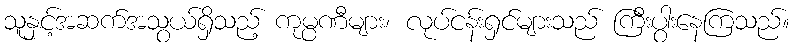
သူနှင့်အဆက်အသွယ်ရှိသည့် ကုမ္ပဏီများ၊ လုပ်ငန်းရှင်များသည် ကြီးပွါးနေကြသည်။